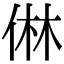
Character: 㑣